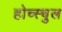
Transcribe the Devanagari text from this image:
होच्स्चुल